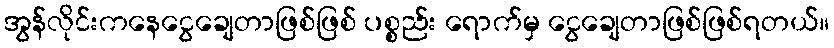
အွန်လိုင်းကနေငွေချေတာဖြစ်ဖြစ် ပစ္စည်း ရောက်မှ ငွေချေတာဖြစ်ဖြစ်ရတယ်။